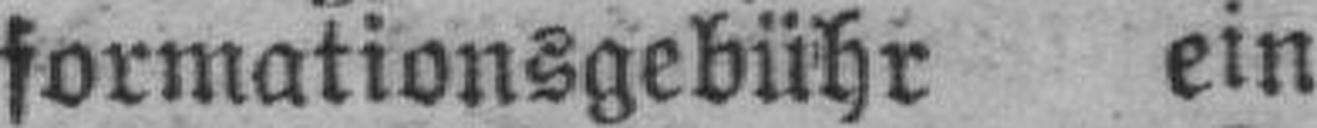
formationsgebühr ein